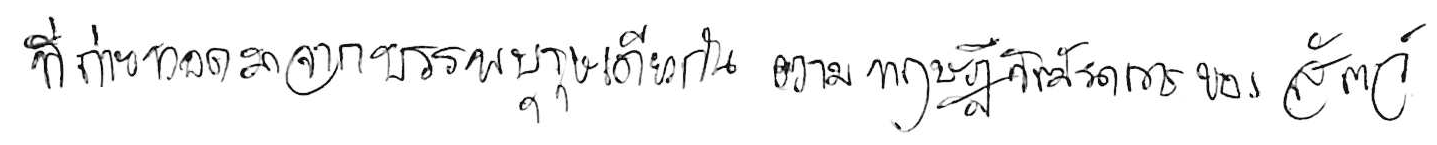
ที่ถ่ายทอดมาจากบรรพบุรุษเดียวกัน ตามทฤษฎีวิวัฒนาการของสัตว์